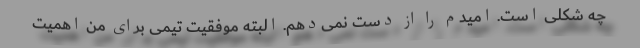
چه شکلی است. امیدم را از دست نمی‌دهم. البته موفقیت تیمی برای من اهمیت